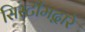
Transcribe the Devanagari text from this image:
सिस्टीमद्वारे